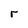
Character: r